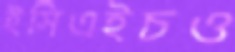
ইসিএইচও